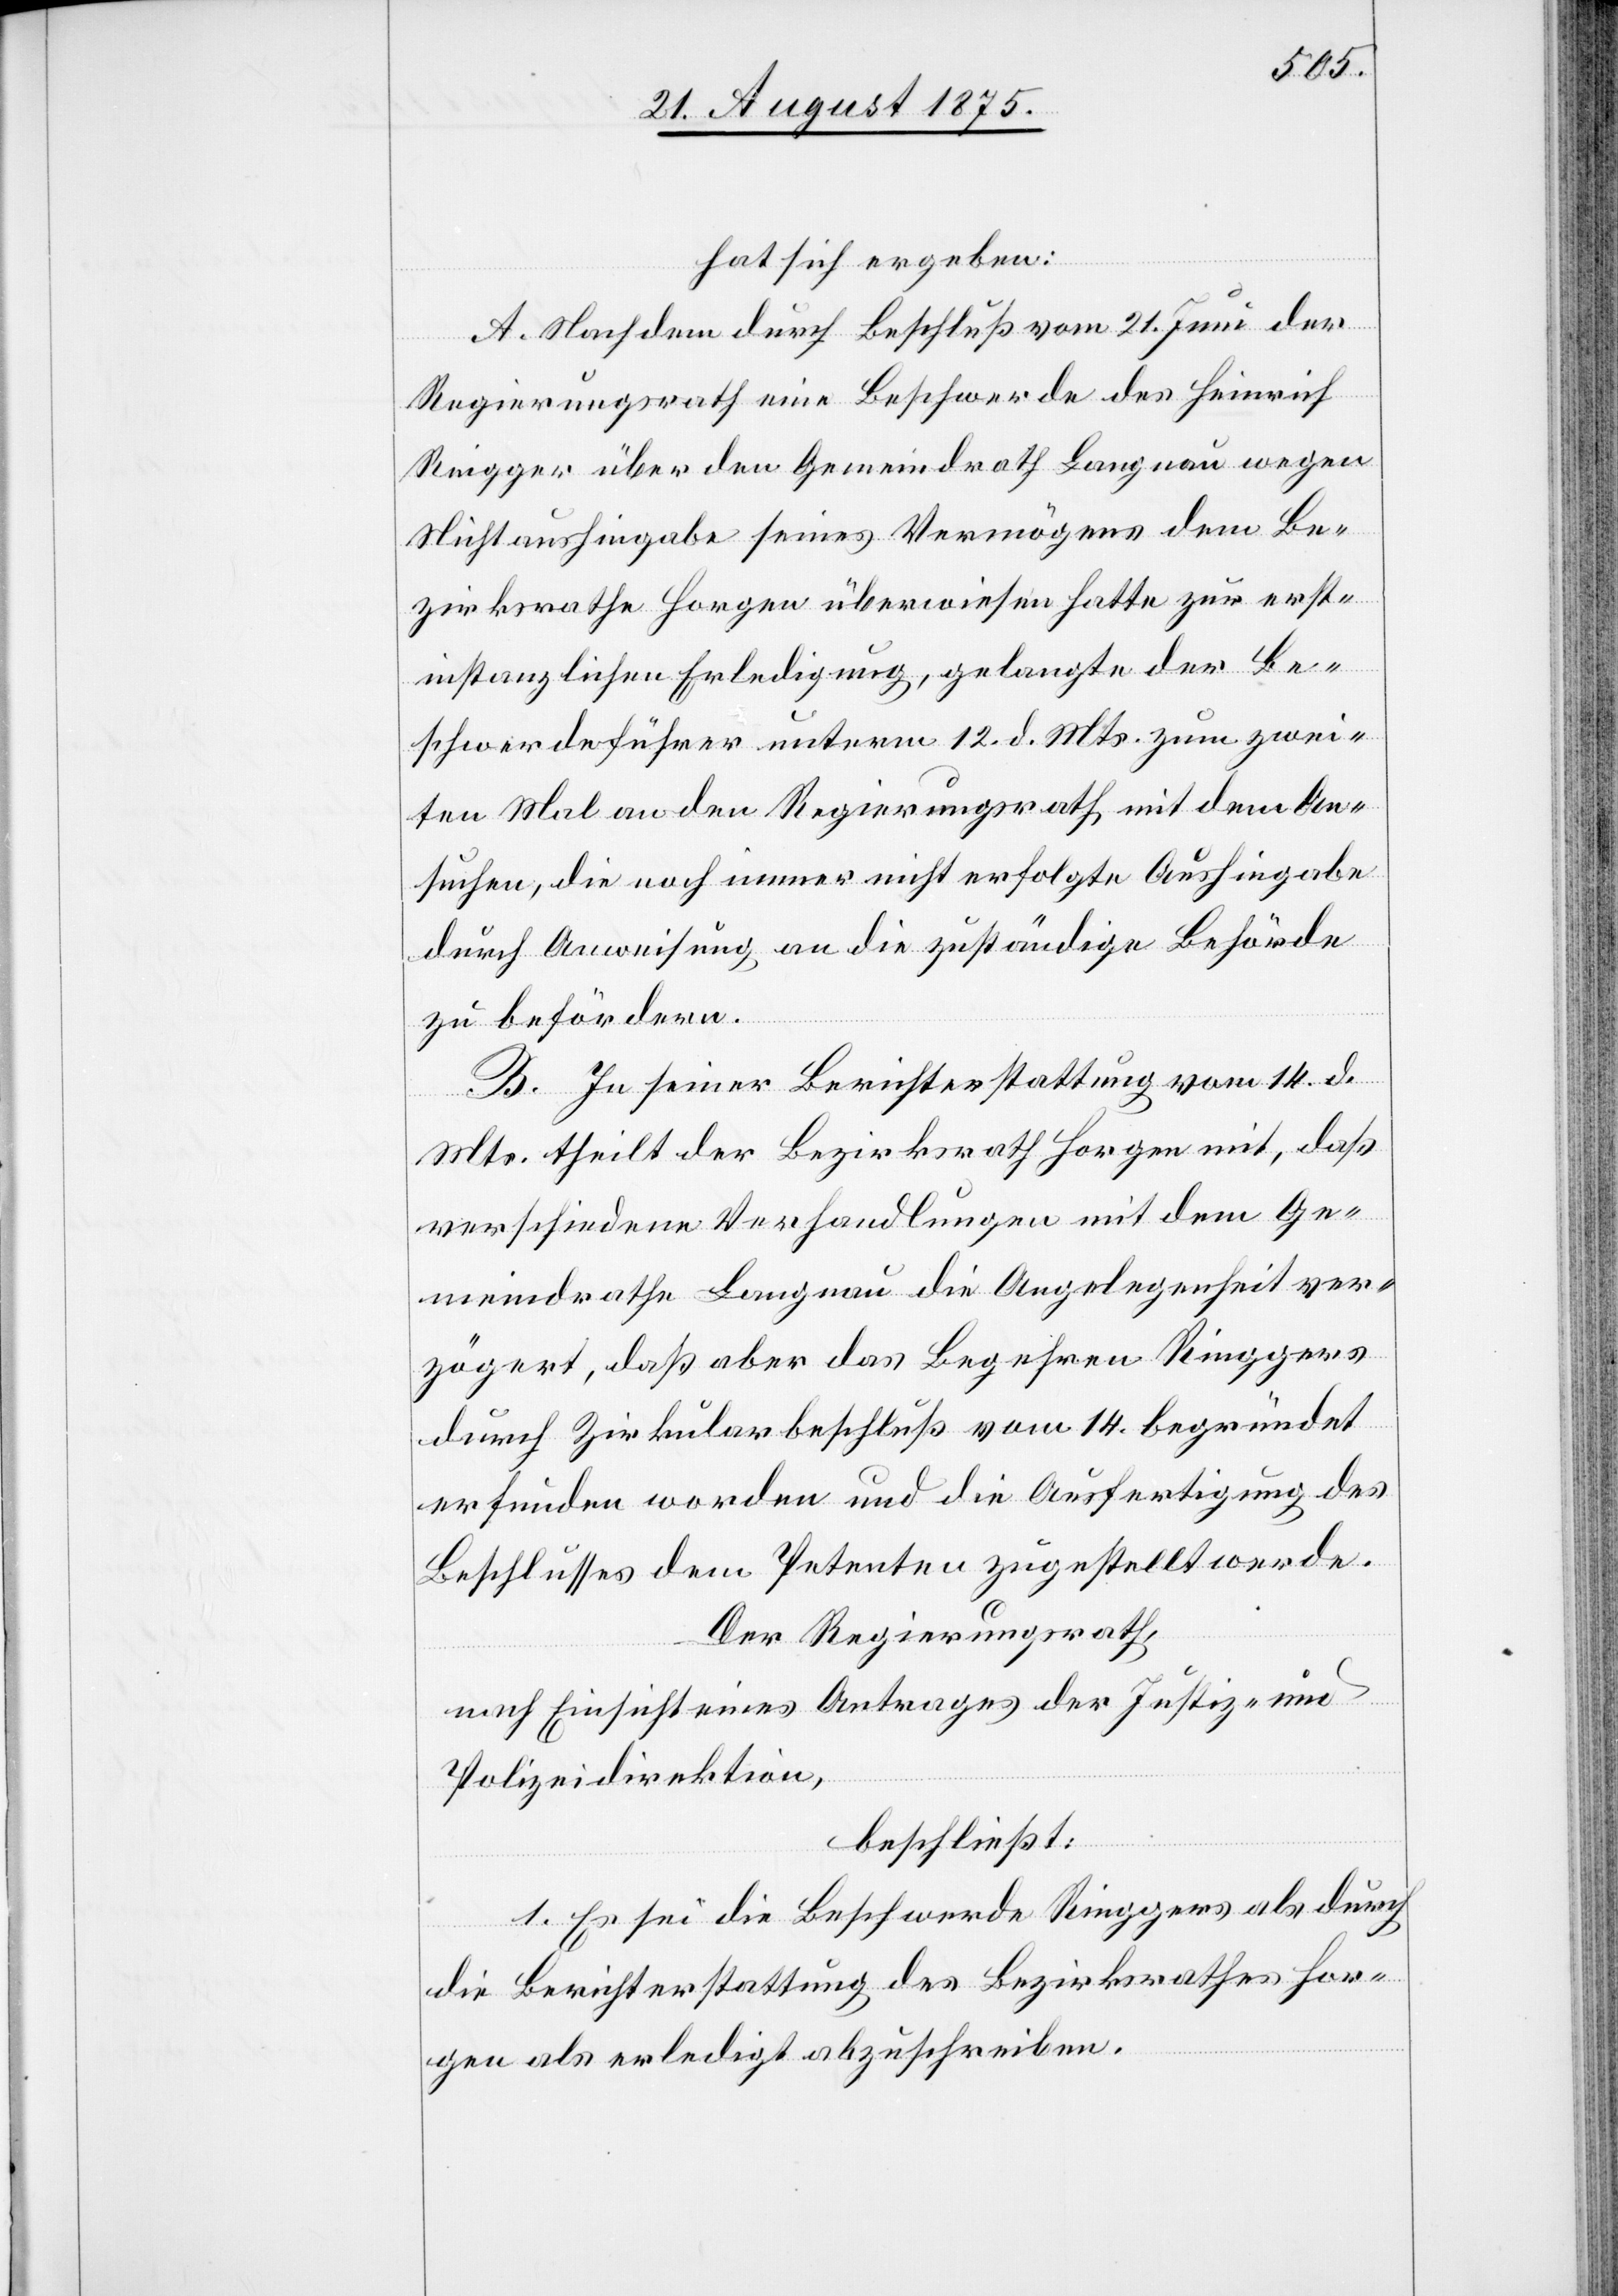
hat sich ergeben:
A. Nachdem durch Beschluß vom 21. Juni der
Regierungsrath eine Beschwerde des Heinrich
Ringger über den Gemeindrath Langnau wegen
Nichtaushingabe seines Vermögens dem Be¬
zirksrathe Horgen überwiesen hatte zur erst¬
instanzlichen Erledigung, gelangte der Be¬
schwerdeführer unterm 12. d. Mts. zum zwei¬
ten Mal an den Regierungsrath, mit dem An¬
suchen, die noch immer nicht erfolgte Aushingabe
durch Anweisung an die zuständige Behörde
zu befördern.
B. In seiner Berichterstattung vom 14. d.
Mts. theilt der Bezirksrath Horgen mit, daß
verschiedene Verhandlungen mit dem Ge¬
meindrathe Langnau die Angelegenheit ver¬
zögert, daß aber das Begehren Ringgers
durch Zirkularbeschluß vom 14. begründet
erfunden worden und die Ausfertigung des
Beschlusses dem Petenten zugestellt werde.
Der Regierungsrath,
nach Einsicht eines Antrages der Justiz- und
Polizeidirektion,
beschließt:
1. Es sei die Beschwerde Ringgers als durch
die Berichterstattung des Bezirksrathes Hor¬
gen als erledigt abzuschreiben.